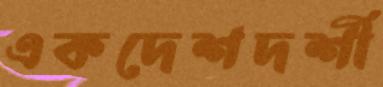
একদেশদর্শী